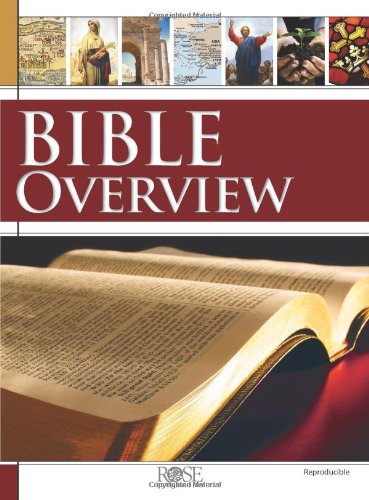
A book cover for Rose Bible Overview; Rose Publishing; Christian Books & Bibles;